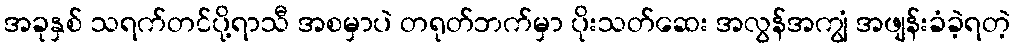
အခုနှစ် သရက်တင်ပို့ရာသီ အစမှာပဲ တရုတ်ဘက်မှာ ပိုးသတ်ဆေး အလွန်အကျွံ အဖျန်းခံခဲ့ရတဲ့